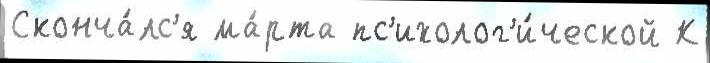
Сконча́лс'я ма́рта пс'ихолог'и́ческой К